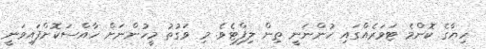
ހިޔާގެ ކޮންމެ ޓަވަރެއްގައި ހުންނަނީ ތިން ލިފްޓެވެ. މި ވަގުތު މީހުންނަށް ހާއްސަކޮށްފައިވަނީ